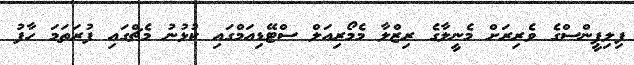
ފިލިޕީންސްގެ ވެރިރަށް މެނީލާގެ ރިޒްލާ މެމޯރިއަލް ސްޓޭޑިއަމްގައި ކުޅުނު މެޗްގައި ފުރަތަމަ ހާފު